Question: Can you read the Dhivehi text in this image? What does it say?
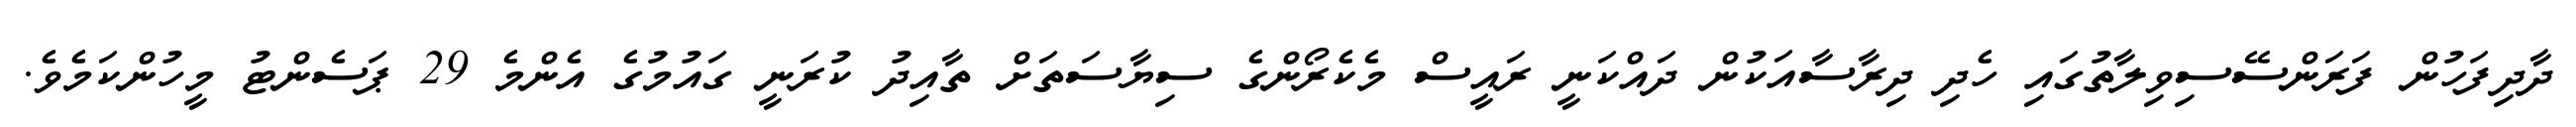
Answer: ދާދިފަހުން ފަރަންސޭސިވިލާތުގައި ހެދި ދިރާސާއަކުން ދައްކަނީ ރައީސް މެކެރޯންގެ ސިޔާސަތަށް ތާއިދު ކުރަނީ ގައުމުގެ އެންމެ 29 ޕަސެންޓު މީހުންކަމެވެ.